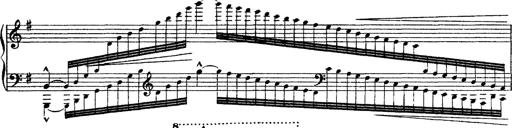
Title: Ã‰tudes d'exÃ©cution transcendante d'aprÃ¨s Paganini
Composer: Franz Liszt